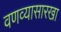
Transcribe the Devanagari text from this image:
वणव्यासारखा